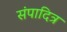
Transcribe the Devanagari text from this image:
संपादित्र